Annual report on the working of the lock hospitals in the Central Provinces
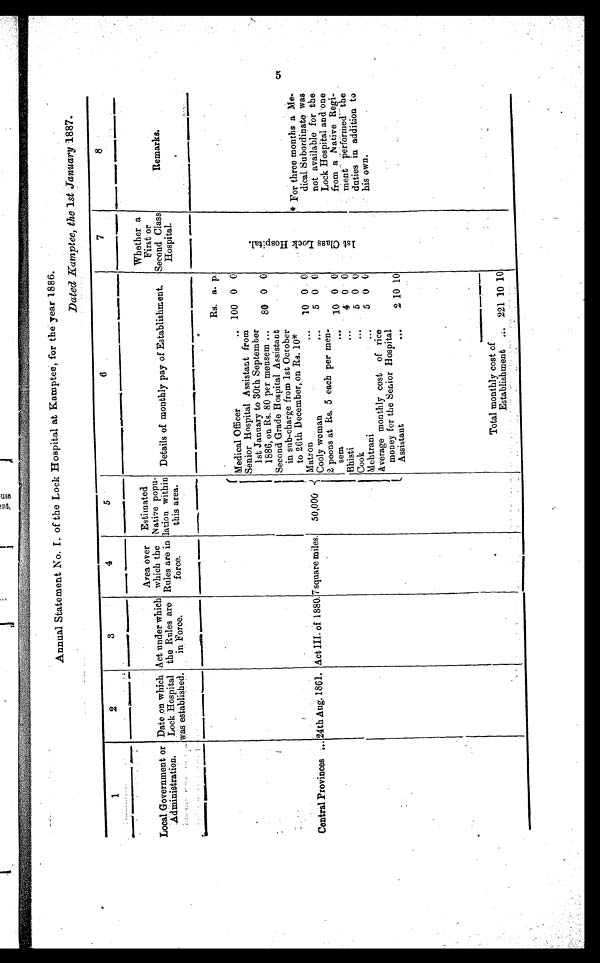
Annual Statement No. I. of the Lock Hospital at Kamptee, for the year 1886.
Dated Kamptee, the 1st January 1887.
1
2
3
4
5
6
7
8
Local Government or
Administration.
Date on which
Lock Hospital
was established.
Act under which
the Rules are
in Force.
Area over
which the
Rules are in
force.
Estimated
Native popu-
lation.within
this area.
Details of monthly pay of Establishment.
Whethera
First or
Second Class
Hospital.
Remarks.
Central Provinces .. 24th Aug. 1861. Act III of 1880.7 square miles.
50,000
Rs. a. p.
l s t . C l a s s L o c k H o s p : t a l
* For three months a Me-
dical subordinate was
not available for the
Lock Hospital and one
from a Native Regi-
meat.p erformed` the
duties in addition to
his own.
Medical Officer
.. 100 0 0
Senior Hospital Assistant from
1st January to 30th September
1886, on Rs. 80 per mensem ...
80 0 0
Second Grade Hospital Assistant
in sub-charge from 1st October
to 26th December, on Rs. 10*
Matron
. . .
10 0 0
Cooly woman
. . .
5 0 0
2 peons at Rs. 5 each per men-
sem
...
10 0 0
Bhisti
. . .
4 0 0
Cook
. .
5 0 0
Mehtrani
. . .
5 0 0
Average monthly cost.of.rice
money for the Senior Hospital
Assistant
...
2 10 10
Total monthly cost of
Establishment
. . . 221 10 10